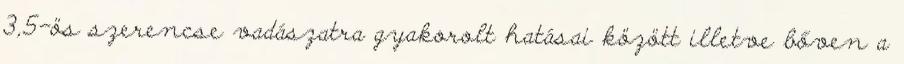
3,5-ös szerencse vadászatra gyakorolt hatásai között illetve bőven a